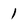
Character: 1